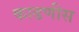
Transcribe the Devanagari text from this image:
काढणीस